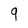
Character: 9